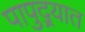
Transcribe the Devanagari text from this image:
पापुद्र्यात